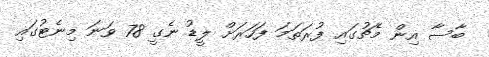
ބާސާ އިން މެޗުގައި ފުރަތަމަ ފަހަރަށް ލީޑު ނެގީ 78 ވަނަ މިނެޓުގައި